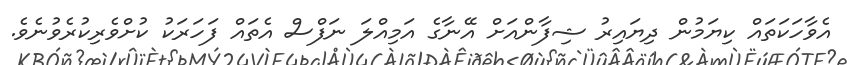
އެވާހަކަތައް ކިޔަމުން ދިޔައިރު ޝިފާންއަށް އޭނާގެ އަމިއްލަ ނަފްސް އެތައް ފަހަރަކު ކުށްވެރިކުރެވުނެވެ.